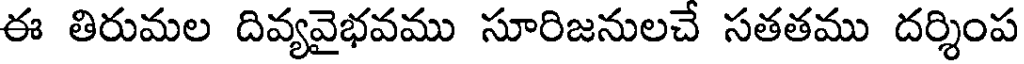
ఈ తిరుమల దివ్యవైభవము సూరిజనులచే సతతము దర్శింప